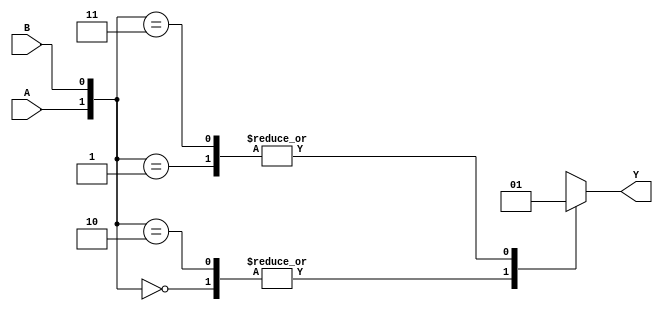
module behavioral_modeling(input wire A, input wire B, output reg Y);
  
  initial begin
    Y <= 0;
    
    case ({A, B})
      2'b00: Y <= 2'b00; // if A=0 and B=0
      2'b01: Y <= 2'b01; // if A=0 and B=1
      2'b10: Y <= 2'b10; // if A=1 and B=0
      2'b11: Y <= 2'b11; // if A=1 and B=1
      default: Y <= 2'b00; // default case
    endcase
  end
  
endmodule